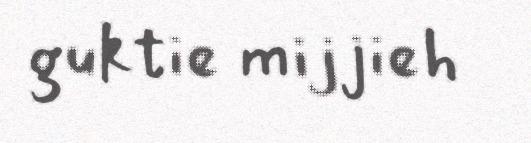
guktie mijjieh